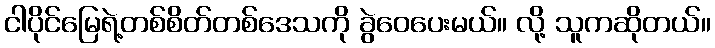
ငါပိုင်မြေရဲ့တစ်စိတ်တစ်ဒေသကို ခွဲဝေပေးမယ်။ လို့ သူကဆိုတယ်။